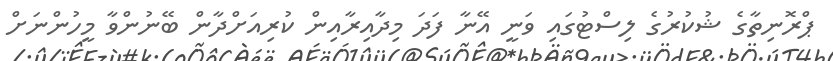
ޕްރޮނިތާގެ ޝުކުރުގެ ލިސްޓުގައި ވަނީ އޭނާ ފަދަ މިދާއިރާއިން ކުރިއަށްދާން ބޭނުންވާ މީހުންނަށް